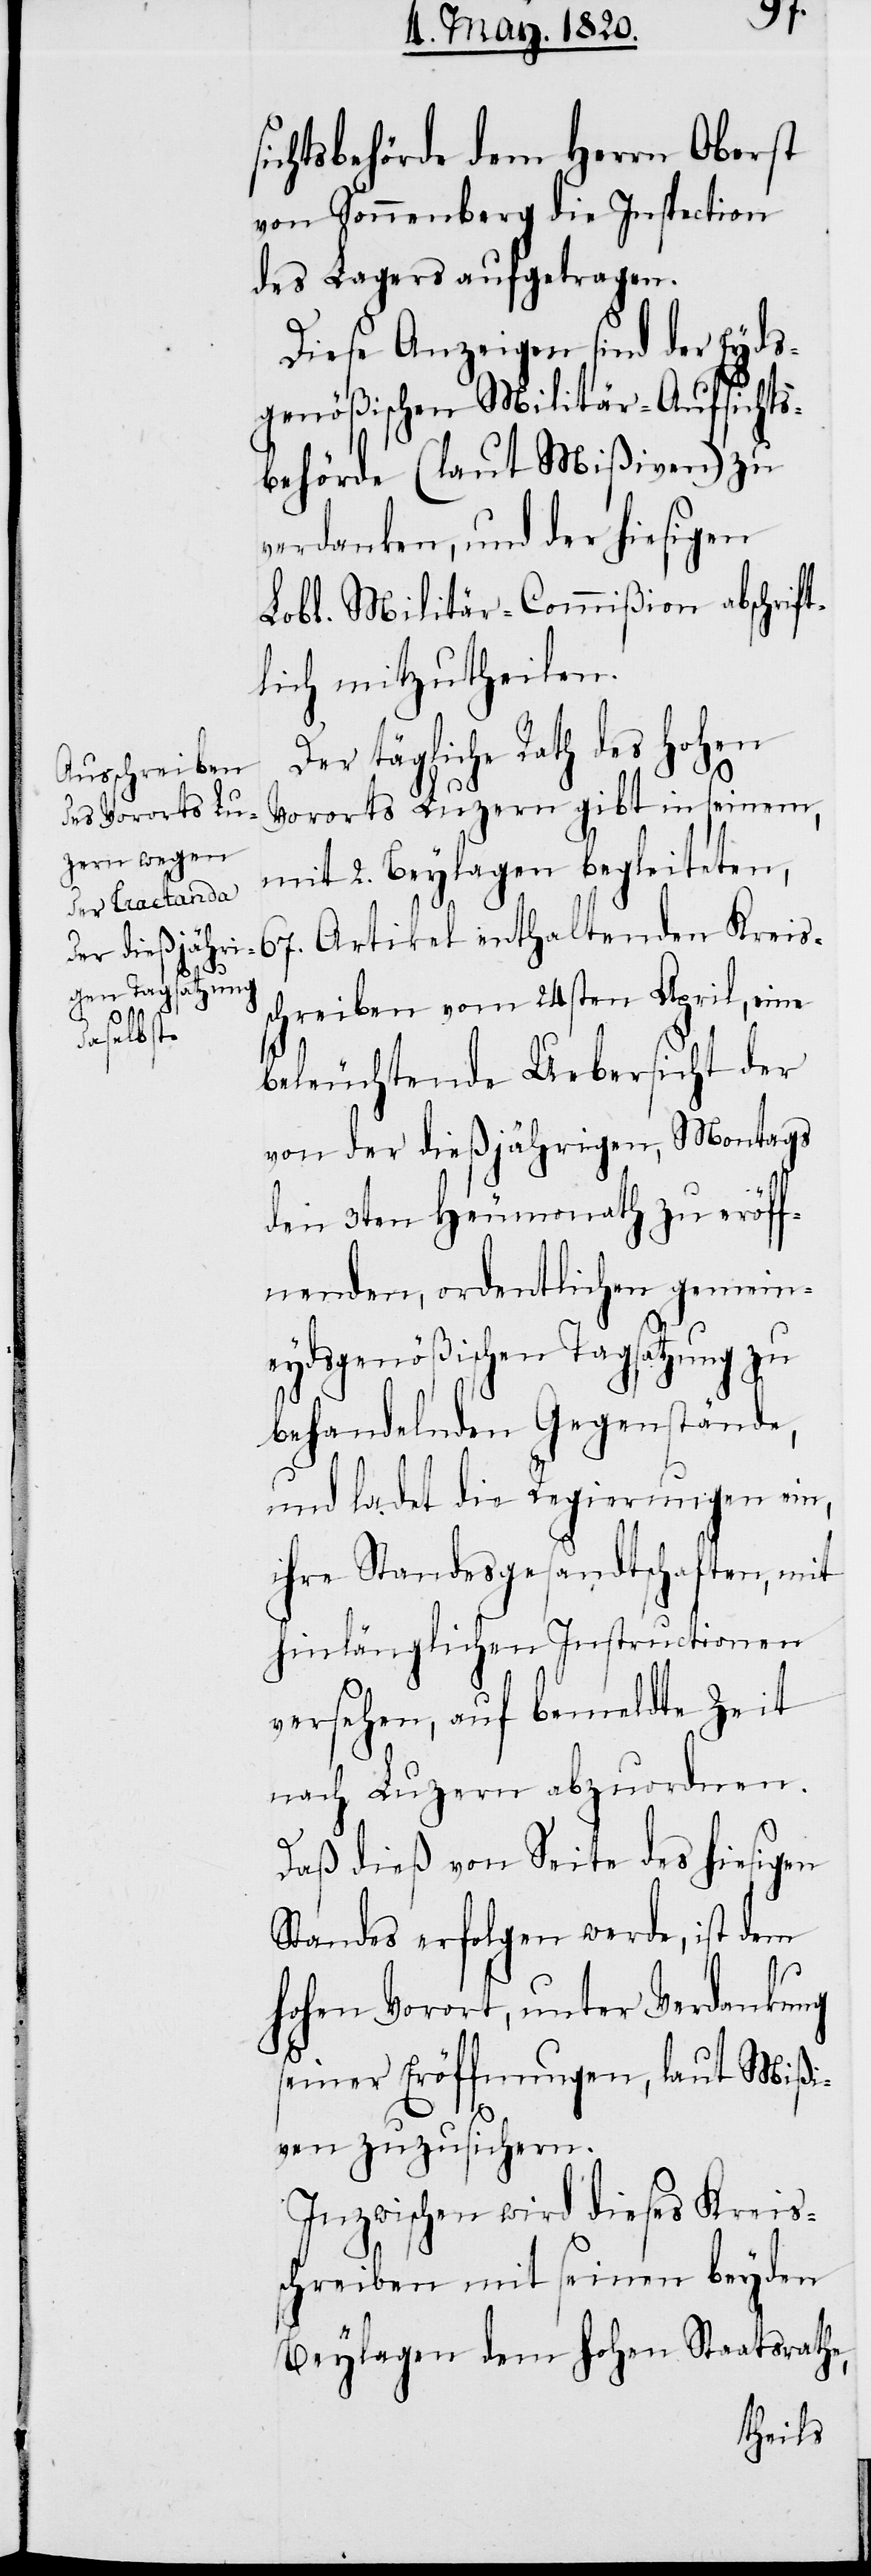
sichtsbehörde dem Herrn Oberst
von Sonnenberg die Inspection
des Lagers aufgetragen.
Diese Anzeigen sind der Eyds¬
genößischen Militär-Aufsichts¬
behörde (laut Mißiven) zu
verdanken, und der hiesigen
Lobl. Militär-Commißion abschrift¬
lich mitzutheilen.
Der tägliche Rath des Hohen
Vororts Luzern gibt in seinem,
mit 2. Beylagen begleiteten,
schreiben vom 24sten April, eine
beleuchtende Uebersicht der
von der dießjährigen, Montags
den 3ten Heumonath zu eröff¬
nenden, ordentlichen gemein¬
eydsgenößischen Tagsatzung zu
behandelnden Gegenstände,
und ladet die Regierungen ein,
ihre Standesgesandtschaften, mit
hinlänglichen Instructionen
versehen, auf bemeldte Zeit
nach Luzern abzuordnen.
Daß dieß von Seite des hiesigen
Standes erfolgen werde, ist dem
Hohen Vorort, unter Verdankung
seiner Eröffnungen, laut Mißi¬
eis¬
ven zuzusichern.
Inzwischen wird dieses Kreis¬
schreiben mit seinen beyden
Beylagen dem Hohen Staatsrathe,